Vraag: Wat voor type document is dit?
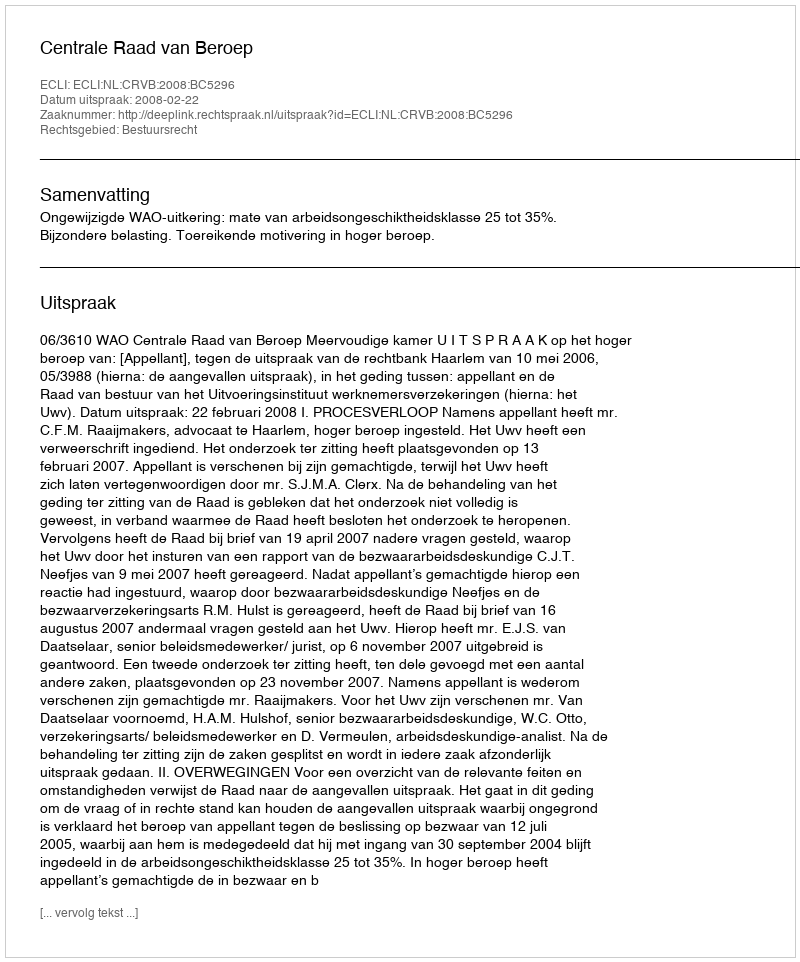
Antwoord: Uitspraak